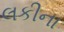
લકીના